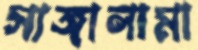
সাঙ্গালামা